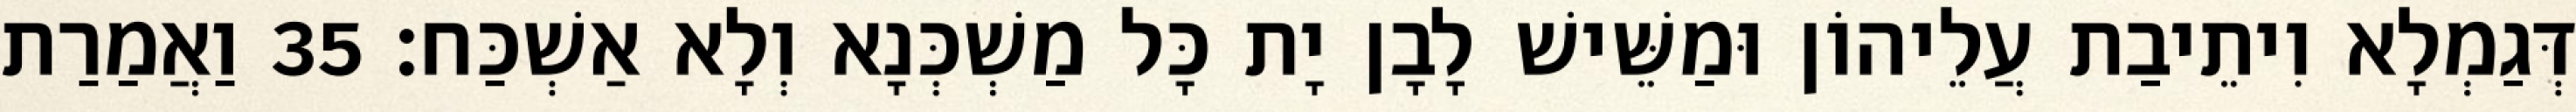
דְּגַמְלָא וִיתֵיבַת עֲלֵיהוֹן וּמַשֵּׁישׁ לָבָן יָת כָּל מַשְׁכְּנָא וְלָא אַשְׁכַּח׃ 35 וַאֲמַרַת